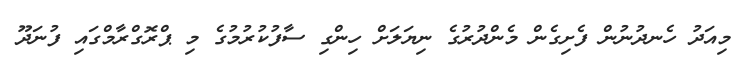
މިއަދު ހެނދުނުން ފެށިގެން މެންދުރުގެ ނިޔަލަށް ހިންގި ސާފުކުރުމުގެ މި ޕްރޮގްރާމްގައި ފުނަދޫ